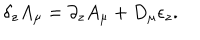
\delta _ { z } A _ { \mu } = \partial _ { z } A _ { \mu } + D _ { \mu } \epsilon _ { z } .